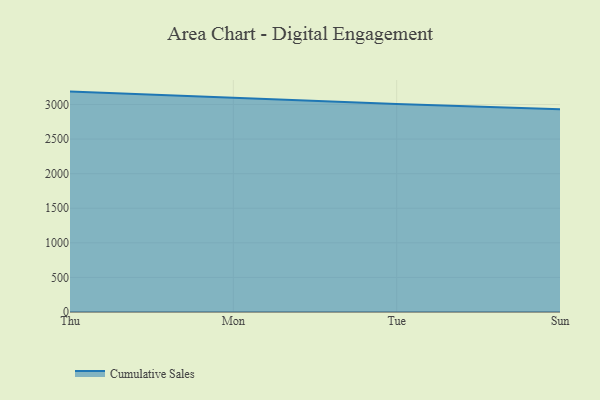
{"axis": {"x": "Day", "y": "Production Output"}, "legend": ["Cumulative Sales"], "data": [{"x": "Thu", "y": 3186.5, "type": "Cumulative Sales"}, {"x": "Mon", "y": 3091.9, "type": "Cumulative Sales"}, {"x": "Tue", "y": 3007.3, "type": "Cumulative Sales"}, {"x": "Sun", "y": 2933.0, "type": "Cumulative Sales"}]}